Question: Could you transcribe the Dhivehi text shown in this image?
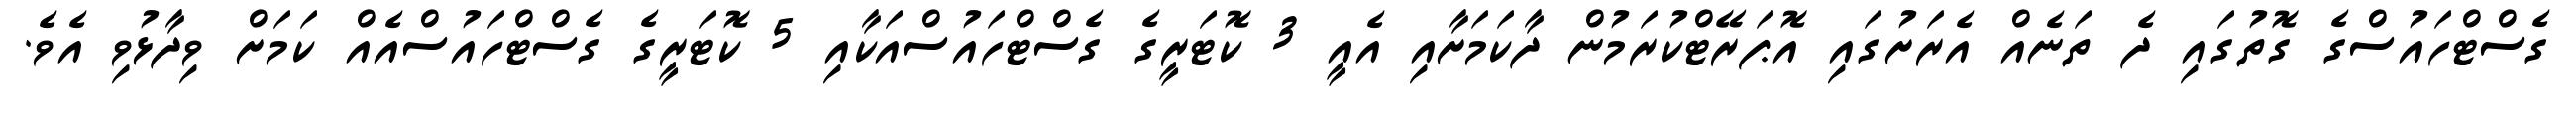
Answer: ގެސްޓްހައުސްގެ ގޮތުގައި ދެ ތަނެއް އެރަށުގައި އޮޕަރޭޓްކުރަމުން ދާކަމަށާއި އެއީ 3 ކޮޓަރީގެ ގެސްޓްހައުސްއަކާއި 5 ކޮޓަރީގެ ގެސްޓްހައުސްއެއް ކަމަށް ވިދާޅުވި އެވެ.